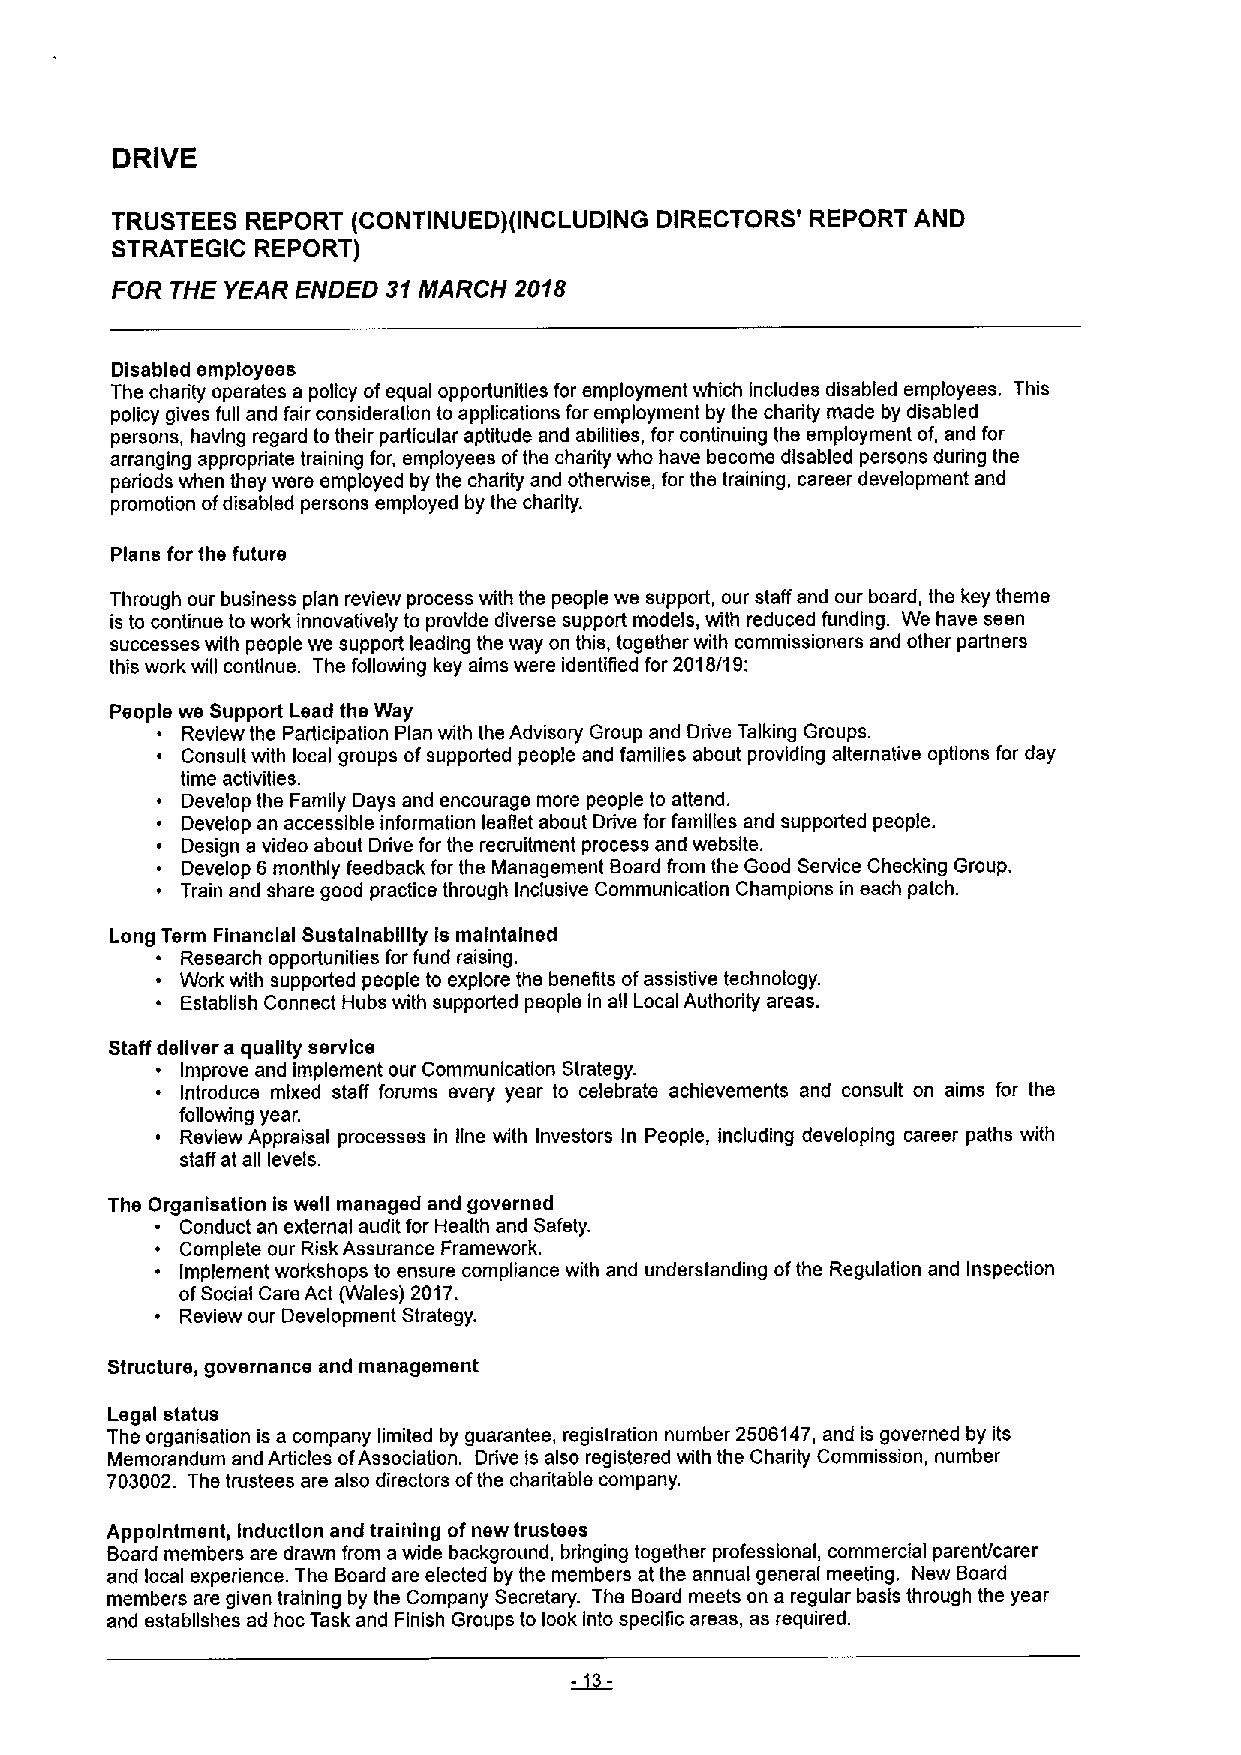
DRIVE
 TRUSTEES REPORT (CONTINUED)(INCLUDING DIRECTORS' REPORT AND
 STRATEGIC REPORT)
 FOR THE YEAR ENDED 31MARCH 2018
 Disabled employees
 The charity operates a policy ofequal opportunities for employment which includes disabled employees. This
 policy gives full and fair consideration to applications for employment by the charity made by disabled
 persons, having regard to their particular aptitude and abilities, for continuing ths employment of, and for
 arranging appropriate training for, employees ofthe charity who have become disabled persons during the
 periods when they were employed by the charity and otherwise, for the training, career development and
 promotion ofdisabled persons employed by the charity.
 Plans for the future
 Through our business plan review process with the people we support, our staff and our board, the key theme
 is to continue towork innovatively to provide diverse support models, with reduced funding. We have seen
 successes with people we support leading the way on this, together with commissioners and other partners
 this work will continue. The following key aims were identified for 2018/19:
 People we Support Lead the Way
 ~ Review the Participation Plan with the Advisory Group and Drive Talking Groups.
 ~ Consult with local groups ofsupported people and families about providing alternative options for day
 time activities.
 ~ Develop the Family Days and encourage more people to attend.
 ~ Develop an accessible information leaflet about Drive for families and supported people.
 ~ Design a video about Drive for the recruitment process and website.
 ~ Develop 6monthly feedback for the Management Board from the Good Service Checking Group.
 ~ Train and share good practice through Inclusive Communication Champions in each patch.
 Long Term Financial Sustalnablllty Is maintained
 ~ Research opportunities for fund raising.
 ~ Work with supported people to explore the benefits ofassistive technology.
 ~ Establish Connect Hubs with supported people in all Local Authority areas.
 Staff deliver a quality service
 ~ Improve and implement our Communication Strategy.
 ~ Introduce mixed staff forums every year to celebrate achievements and consult on aims for the
 following year.
 ~ Review Appraisal processes in line with Investors In People, including developing career paths with
 staff at all levels.
 The Organisation is well managed and governed
 ~ Conduct an external audit for Health and Safety.
 ~ Complete our Risk Assurance Framework.
 ~ Implement workshops to ensure compliance with and understanding ofthe Regulation and inspection
 ofSocial Care Act (Wales) 2017.
 ~ Review our Development Strategy.
 Structure, governance and management
 Legal status
 The organisation is a company limited by guarantee, registration number 2506147, and is governed by its
 Memorandum and Articles ofAssociation. Drive is also registered with the Charity Commission, number
 703002. The trustees are also directors ofthe charitable company.
 Appointment, Induction and training ofnew trustees
 Board members are drawn from awide background, bringing together professional, commercial parent/carer
 and local experience. The Board are elected by the members at the annual general meeting. New Board
 members are given training by the Company Secretary. Ths Board meets on a regular basis through the year
 and establishes ad hoc Task and Finish Groups to look Into specific areas, as required.